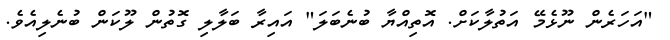
"އަހަރެން ނޫޅެމޭ އަތުލާކަށް. އޮތިއްޔާ ބުނެބަލަ" އައިރާ ބަލާލި ގޮތުން ލޫކަން ބުނެލިއެވެ.